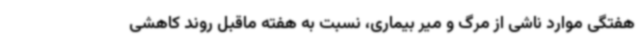
هفتگی موارد ناشی از مرگ و میر بیماری، نسبت به هفته ماقبل روند کاهشی